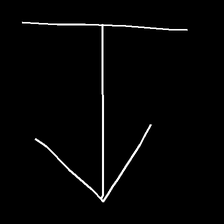
Glyph: levitation